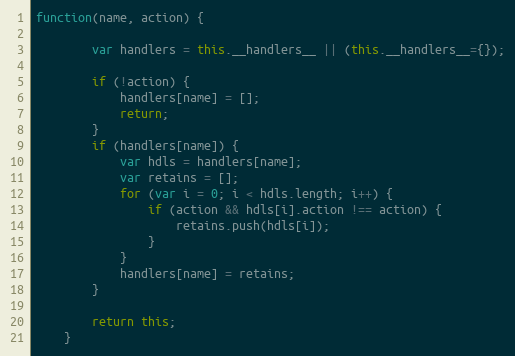
Language: JavaScript
function(name, action) {

        var handlers = this.__handlers__ || (this.__handlers__={});

        if (!action) {
            handlers[name] = [];
            return;
        }
        if (handlers[name]) {
            var hdls = handlers[name];
            var retains = [];
            for (var i = 0; i < hdls.length; i++) {
                if (action && hdls[i].action !== action) {
                    retains.push(hdls[i]);
                }
            }
            handlers[name] = retains;
        }

        return this;
    }